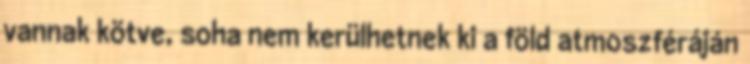
vannak kötve, soha nem kerülhetnek ki a föld atmoszféráján